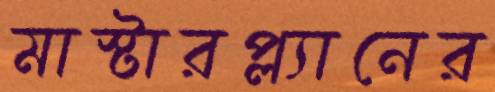
মাস্টারপ্ল্যানের